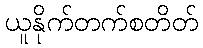
ယူနိုက်တက်စတိတ်